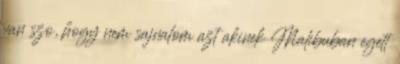
van szo, hogy nem sajnalom azt akinek Malibuban egett